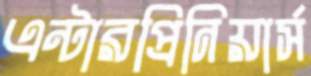
এন্টারপ্রিনিয়ার্স